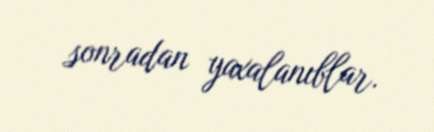
sonradan yaxalanıblar.